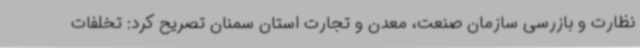
نظارت و بازرسی سازمان صنعت، معدن و تجارت استان سمنان تصریح کرد: تخلفات